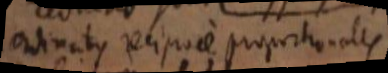
ordinatarum reciproce proportionales.